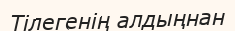
Тілегенің алдыңнан